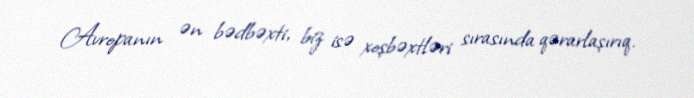
Avropanın ən bədbəxti, biz isə xoşbəxtləri sırasında qərarlaşırıq.